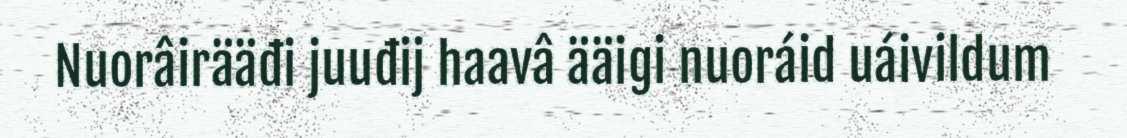
Nuorâirääđi juuđij haavâ ääigi nuoráid uáivildum